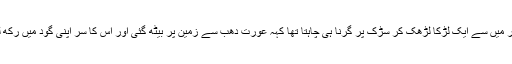
کار میں سے ایک لڑکا لڑھک کر سڑک پر گرنا ہی چاہتا تھا کہہ عورت دھب سے زمین پر بیٹھ گئی اور اس کا سر اپنی گود میں رکھ لیا۔